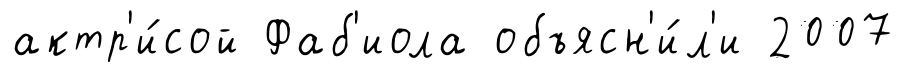
актр'и́сой Фаб'иола объясн'и́л'и 2007